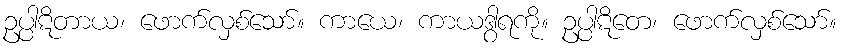
ဥပ္ပါဋိတာယ၊ ဖောက်လှစ်သော်။ ကာယေ၊ ကာယဒွါရကို။ ဥပ္ပါဋိတေ၊ ဖောက်လှစ်သော်။